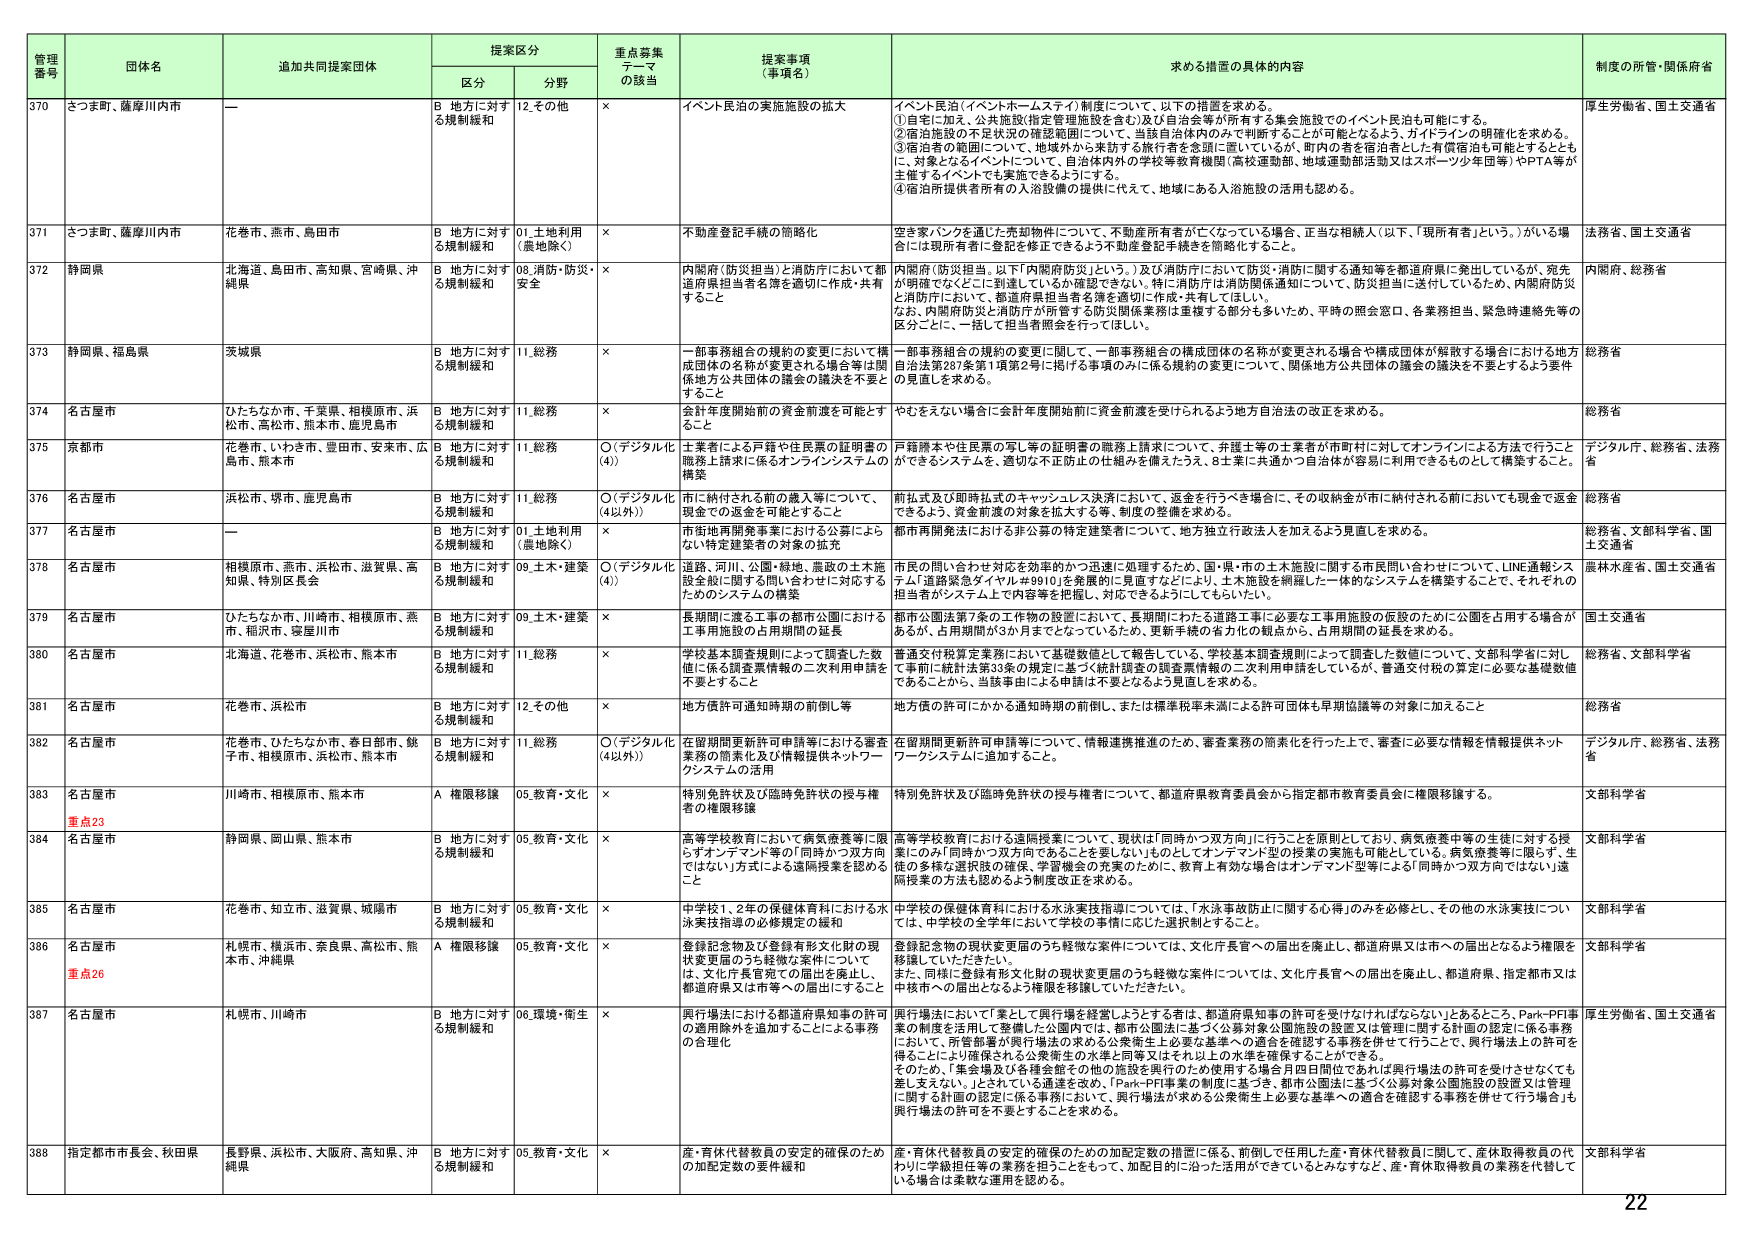
管理番号 団体名 追加共同提案団体 提案区分 重点募集テーマの該当 提案事項（事項名） 求める措置の具体的内容 制度の所管・関係府省
区分 分野
370 さつま町、薩摩川内市 — B 地方に対する規制緩和 12.その他 × イベント民泊の実施施設の拡大 ①自宅に加え、公共施設（指定管理施設を含む）及び自治会等が所有する集会施設でのイベント民泊も可能にする。
②宿泊施設の不足状況の確認範囲について、当該自治体内のみで判断することが可能となるよう、ガイドラインの明確化を求める。
③宿泊者の範囲について、地域外から来訪する旅行者を念頭に置いているが、町内の若者を宿泊者とした有償宿泊も可能とするとともに、対象となるイベントについて、自治体内外の学校等教育機関（高校運動部、地域運動部活動又はスポーツ少年団等）やPTA等が主催するイベントも実施できるようにする。
④宿泊所提供者所有の入浴設備の提供に代えて、地域にある入浴施設の活用も認める。 厚生労働省、国土交通省
371 さつま町、薩摩川内市 花巻市、燕市、島田市 B 地方に対する規制緩和 01.土地利用（農地除く） × 不動産登記手続の簡略化 空き家バンクを通じた売却物件について、不動産所有者が亡くなっている場合、正当な相続人（以下、「現所有者」という。）がいる場合は現所有者に登記を修正できるよう不動産登記手続を簡略化すること。 法務省、国土交通省
372 静岡県 北海道、島田市、高知県、宮崎県、沖縄県 B 地方に対する規制緩和 09.消防・防災・安全 × 内閣府（防災担当）と消防庁において都道府県担当者名簿を適切に作成・共有すること 内閣府（防災担当、以下「内閣府防災」という。）及び消防庁において防災・消防に関する通知等を都道府県に発出しているが、宛先が明確でなくどこに到達しているか確認できない。特に消防庁は消防関係通知について、防災担当に送付しているため、内閣府防災と消防庁において、都道府県担当者名簿を適切に作成・共有してほしい。 なお、内閣府防災と消防庁が所管する防災関係業務は重複する部分も多いため、平時の照会窓口、各業務担当、緊急時連絡先等の区分ごとに、一括して担当者照会を行ってほしい。 内閣府、総務省
373 静岡県、福島県 茨城県 B 地方に対する規制緩和 11.総務 × 一部事務組合の規約の変更において構成団体の名称が変更される場合等は関係地方公共団体の議決を不要とすること 一部事務組合の規約の変更に関して、一部事務組合の構成団体の名称が変更される場合や構成団体が解散する場合における地方自治法第207条第1項第2号に掲げる事項のみに係る規約の変更について、関係地方公共団体の議決を不要とするよう要件の見直しを求める。 総務省
374 名古屋市 ひたちなか市、千葉県、相模原市、浜松市、高松市、熊本市、鹿児島市 B 地方に対する規制緩和 11.総務 × 会計年度開始前の資金前渡を可能とすること やむをえない場合に会計年度開始前に資金前渡を受けられるよう地方自治法の改正を求める。 総務省
375 京都市 花巻市、いわき市、豊田市、安来市、広島市、熊本市 B 地方に対する規制緩和 11.総務 ○（デジタル化（4）） 土業者による戸籍や住民票の証明書の職務上請求に係るオンラインシステムの構築 戸籍謄本や住民票の写し等の証明書の職務上請求について、弁護士等の事業者が市町村に対してオンラインによる方法で行うことができるシステムを、適切な不正防止の仕組みを備えたうえ、8主体に共通かつ自治体が容易に利用できるものとして構築すること。 デジタル庁、総務省、法務省
376 名古屋市 浜松市、堺市、鹿児島市 B 地方に対する規制緩和 11.総務 ○（デジタル化（4以外）） 市に納付される前の歳入等について、現金での返金を可能とすること 前払式及び即時払式のキャッシュレス決済において、返金を行うべき場合に、その収納金が市に納付される前においても現金で返金できるよう、資金前渡の対象を拡大する等、制度の整備を求める。 総務省
377 名古屋市 — B 地方に対する規制緩和 01.土地利用（農地除く） × 市街地再開発事業における公募によるない特定建築者の対象の拡充 都市再開発法における非公募の特定建築者について、地方独立行政法人を加えるよう見直しを求める。 総務省、文部科学省、国土交通省
378 名古屋市 相模原市、燕市、浜松市、滋賀県、高知県、特別区長会 B 地方に対する規制緩和 09.土木・建築 ○（デジタル化（4）） 道路、河川、公園・緑地、農政の土木施設全般に関する問い合わせに対応するためのシステムの構築 市民の問い合わせ対応を効率的かつ迅速に処理するため、国・県・市の土木施設に関する市民問い合わせについて、LINE通報システム「道路緊急ダイヤル#9910」を発展的に見直すなどにより、土木施設を網羅した一体的なシステムを構築することで、それぞれの担当者がシステム上で内容等を把握し、対応できるようにしてもらいたい。 農林水産省、国土交通省
379 名古屋市 ひたちなか市、川崎市、相模原市、燕市、稲沢市、寝屋川市 B 地方に対する規制緩和 09.土木・建築 × 長期間に渡る工事の都市公園における工事用施設の占用期間の延長 都市公園法第7条の工事の設置において、長期間にわたる道路工事に必要な工事用施設の仮設のために公園を占用する場合があるが、占用期間が3か月までとなっているため、更新手続の省力化の観点から、占用期間の延長を求める。 国土交通省
380 名古屋市 北海道、花巻市、浜松市、熊本市 B 地方に対する規制緩和 11.総務 × 学校基本調査規則によって調査した数値に係る調査票情報の二次利用申請を不要とすること 普通交付税算定業務において基礎数値として報告している、学校基本調査規則によって調査した数値について、文部科学省に対して事前に統計法第3条の規定に基づく統計調査の調査票情報の二次利用申請をしているが、普通交付税の算定に必要な基礎数値であることから、当該事項による申請は不要となるよう見直しを求める。 総務省、文部科学省
381 名古屋市 花巻市、浜松市 B 地方に対する規制緩和 12.その他 × 地方債許可通知時期の前倒し等 地方債の許可にかかる通知時期の前倒し、または標準税率未満による許可団体も早期協議等の対象に加えること 総務省
382 名古屋市 花巻市、ひたちなか市、春日部市、銚子市、相模原市、浜松市、熊本市 B 地方に対する規制緩和 11.総務 ○（デジタル化（4以外）） 在留期間更新許可申請等における審査業務の簡素化及び情報提供ネットワークシステムの活用 在留期間更新許可申請について、情報連携推進のため、審査業務の簡素化を行った上で、審査に必要な情報を情報提供ネットワークシステムに追加すること。 デジタル庁、総務省、法務省
383 名古屋市 川崎市、相模原市、熊本市 A 権限移譲 05.教育・文化 × 特別免許状及び臨時免許状の授与権者の権限移譲 特別免許状及び臨時免許状の授与権者について、都道府県教育委員会から指定都市教育委員会に権限移譲する。 文部科学省
重点23
384 名古屋市 静岡県、岡山県、熊本市 B 地方に対する規制緩和 05.教育・文化 × 高等学校教育において病気療養等に限らずオンデマンド等の「同時かつ双方向ではない」方式による遠隔授業を認めるこ と 高等学校教育における遠隔授業について、現状は「同時かつ双方向」に行うことを原則としており、病気療養中等の生徒に対する授業にのみ「同時かつ双方向であることを要しない」ものとしてオンデマンド型の授業の実施も可能としている。病気療養等に限らず、生徒の多様な選択肢の確保、学習機会の充実のために、教育上有効な場合はオンデマンド型等による「同時かつ双方向ではない」遠隔授業の方法も認めるよう制度改正を求める。 文部科学省
385 名古屋市 花巻市、知立市、滋賀県、城陽市 B 地方に対する規制緩和 05.教育・文化 × 中学校1、2年の保健体育科における水泳実技指導の必修規定の緩和 中学校の保健体育科における水泳実技指導については、「水泳事故防止に関する心得」のみを必修とし、その他の水泳実技については、中学校の全学年において学校の事情に応じた選択制とすること。 文部科学省
386 名古屋市 札幌市、横浜市、奈良県、高松市、熊本市、沖縄県 A 権限移譲 05.教育・文化 × 登録記念物及び登録有形文化財の現状変更届のうち軽微な案件については、文化庁長官宛ての届出を廃止し、都道府県又は市への届出とする事務の合理化 登録記念物の現状変更届のうち軽微な案件については、文化庁長官への届出を廃止し、都道府県又は市への届出となるよう権限を移譲していただきたい。 また、同様に登録有形文化財の現状変更届のうち軽微な案件については、文化庁長官への届出を廃止し、都道府県、指定都市又は中核市への届出となるよう権限を移譲していただきたい。 文部科学省
重点26
387 名古屋市 札幌市、川崎市 B 地方に対する規制緩和 06.環境・衛生 × 興行場法における都道府県知事の許可の適用除外を追加することによる事務の合理化 興行場法において「要として興行場を経営しようとする者は、都道府県知事の許可を受けなければならない」とあるところ、Park-PFI事業の制度を活用して整備した公園内では、都市公園法に基づく公募対象公園施設の設置又は管理に関する計画の認定に係る事務において、所管部署が興行場法の求める公衆衛生上必要な基準への適合を確認する事務を併せて行うことで、興行場法上の許可を得ることにより確保される公衆衛生の水準と同等又はそれ以上の水準を確保することができる。 そのため、「集会場及び各種会館その他の施設を興行のため使用する場合月四日間位であれば興行場法の許可を受けさせなくても差し支えない。」とされている通達を改め、「Park-PFI事業の制度に基づき、都市公園法に基づく公募対象公園施設の設置又は管理に関する計画の認定に係る事務において、興行場法が求める公衆衛生上必要な基準への適合を確認する事務を併せて行う場合」も興行場法の許可を不要とすることを求める。 厚生労働省、国土交通省
388 指定都市市長会、秋田県 長野県、浜松市、大阪府、高知県、沖縄県 B 地方に対する規制緩和 05.教育・文化 × 産・育休代替教員の安定的確保のための加配定数の要件緩和 産・育休代替教員の安定的確保のための加配定数の措置に係る、前倒して任用した産・育休代替教員に関して、産休取得教員の代替わりに学校担任等の業務を担うことをもって、加配目的に沿った活用ができているとみなすなど、産・育休取得教員の業務を代替している場合は柔軟な運用を認める。 文部科学省
22